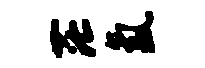
茫氲